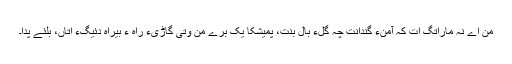
من اے نہ ماراِتگ اَت کہ آمنءَ گنداَنت چہ گلءَ بال بنت، پمیشکا یک برے من وتی گاڑیءَ راہ ءَ بیراہ دئیگءَ اتاں، بلئے پدا۔